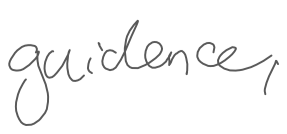
Text: guidance,
Cross-out: clean
Writing tool: digital_gray